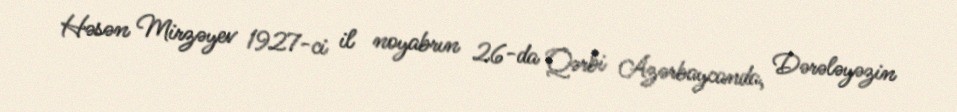
Həsən Mirzəyev 1927-ci il noyabrın 26-da Qərbi Azərbaycanda, Dərələyəzin